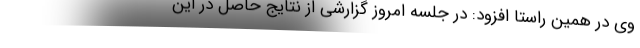
وی در همین راستا افزود: در جلسه امروز گزارشی از نتایج حاصل در این